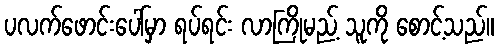
ပလက်ဖောင်းပေါ်မှာ ရပ်ရင်း လာကြိုမည့် သူကို စောင့်သည်။